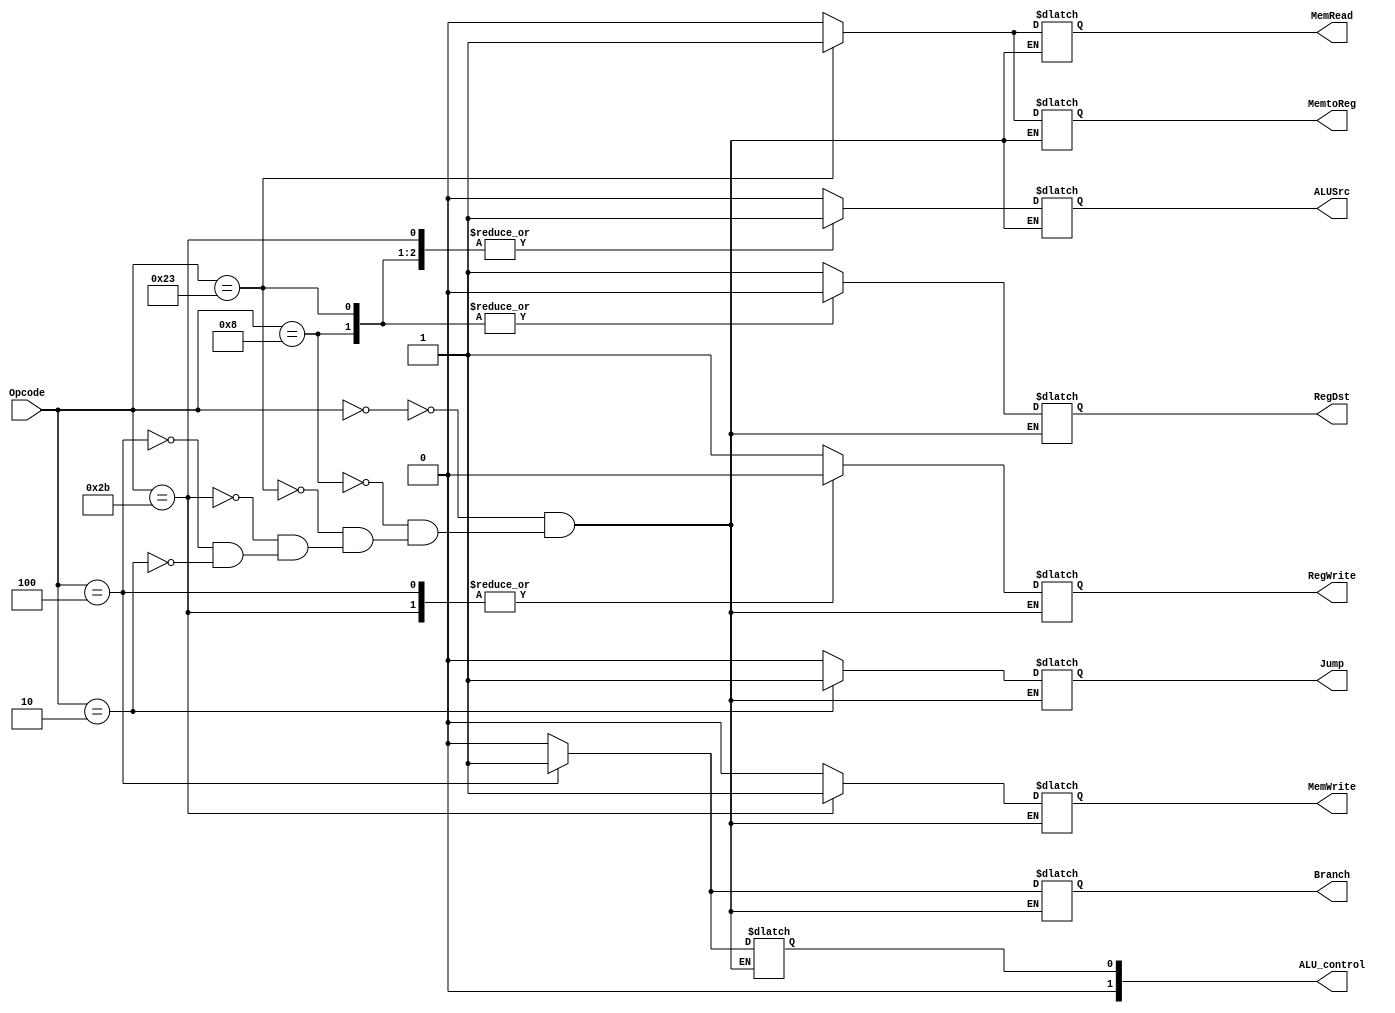
`timescale 1ns / 1ps
//////////////////////////////////////////////////////////////////////////////////
// Company: 
// Engineer: 
// 
// Design Name: 
// Module Name: Controller
// Project Name: 
// Target Devices: 
// Tool Versions: 
// Description: 
// 
// Dependencies: 
// 
// Revision:
// Revision 0.01 - File Created
// Additional Comments:
// 
//////////////////////////////////////////////////////////////////////////////////


module Controller(input wire [5:0] Opcode, output wire RegDst,output wire ALUSrc,
output wire MemtoReg, output wire RegWrite, output wire MemRead, output wire MemWrite,
output wire Branch,output wire Jump,  output wire [1:0] ALU_control);
 wire I_KEY;
reg RegDst_r,
ALUSrc_r,
MemtoReg_r,
RegWrite_r,
MemRead_r,
MemWrite_r,
Branch_r,
Jump_r,
I_KEY_r,
ALU_control_r;
assign RegDst = RegDst_r;
assign ALUSrc = ALUSrc_r;
assign MemtoReg = MemtoReg_r;
assign RegWrite = RegWrite_r;
assign MemRead = MemRead_r;
assign MemWrite = MemWrite_r;
assign Branch = Branch_r;
assign Jump = Jump_r;
assign ALU_control = ALU_control_r;
assign I_KEY = I_KEY_r;


always@(Opcode)begin
    case(Opcode)
    
    6'b000000:begin  // R-FORMAT
                 RegDst_r <= 1'b1; 
                 ALUSrc_r <= 1'b0; 
                 MemtoReg_r <= 1'b0; 
                 RegWrite_r <= 1'b1;  
                 MemRead_r <= 1'b0; 
                 MemWrite_r <= 1'b0; 
                 Branch_r <= 1'b0; 
                 Jump_r <= 1'b0;
                 ALU_control_r <= 2'b10;  
               //  I_KEY_r <= 1'b0;
              end       
    
   6'b001000:begin  // I - type for ADDI
                 RegDst_r <= 1'b0;
                 ALUSrc_r <= 1'b1; 
                 MemtoReg_r <= 1'b0; 
                 RegWrite_r <= 1'b1;  
                 MemRead_r <= 1'b0; 
                 MemWrite_r <= 1'b0; 
                 Branch_r <= 1'b0; 
                 Jump_r <= 1'b0; 
                 ALU_control_r <= 2'b10;  
                // I_KEY_r <= 1'b1;
              end       
       
    6'b100011:begin  // lw
                 RegDst_r <= 1'b0; 
                 ALUSrc_r <= 1'b1; 
                 MemtoReg_r <= 1'b1; 
                 RegWrite_r <= 1'b1;  
                 MemRead_r <= 1'b1; 
                 MemWrite_r <= 1'b0; 
                 Branch_r <= 1'b0;
                 Jump_r <= 1'b0; 
              //   I_KEY_r <= 1'b0;
                 ALU_control_r <= 2'b00;  
              end    
    6'b101011:begin  // sw
                 RegDst_r <= 1'bx; 
                 ALUSrc_r <= 1'b1; 
                 MemtoReg_r <= 1'bx; 
                 RegWrite_r <= 1'b0;  
                 MemRead_r <= 1'b0; 
                 MemWrite_r <= 1'b1; 
                 Branch_r <= 1'b0; 
                 Jump_r <= 1'b0; 
                 ALU_control_r <= 2'b00;  
              end          
    6'b000100:begin  // beq
                RegDst_r <= 1'bx; 
                ALUSrc_r <= 1'b0; 
                MemtoReg_r <= 1'bx;
                RegWrite_r <= 1'b0;  
                MemRead_r <= 1'b0;
                MemWrite_r <= 1'b0; 
                Branch_r <= 1'b1; 
                Jump_r <= 1'b0;
                ALU_control_r <= 2'b01;  
              end  
              
     6'b000010:begin  // jump
             RegDst_r <= 1'bx; 
             ALUSrc_r <= 1'bx; 
             MemtoReg_r <= 1'bx; 
             RegWrite_r <= 1'bx;  
             MemRead_r <= 1'bx; 
             MemWrite_r <= 1'bx; 
             Branch_r <= 1'bx ;
             Jump_r <= 1'b1; 
             ALU_control_r <= 2'bxx;  
           end                    
    endcase
end

endmodule